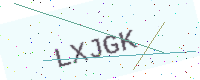
Text: LXJGK